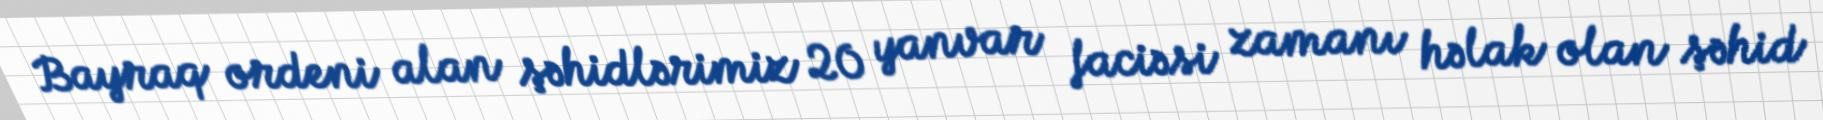
Bayraq ordeni alan şəhidlərimiz 20 yanvar faciəsi zamanı həlak olan şəhid